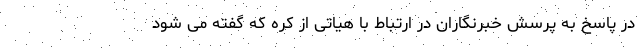
در پاسخ به پرسش خبرنگاران در ارتباط با هیاتی از کره که گفته می شود